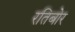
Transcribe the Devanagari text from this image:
रतिबोर